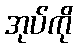
အုပ်ကို